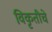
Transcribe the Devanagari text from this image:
विकृतीचे